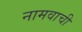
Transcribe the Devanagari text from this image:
नामवाची